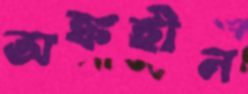
অঙ্কহীন